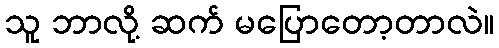
သူ ဘာလို့ ဆက် မပြောတော့တာလဲ။